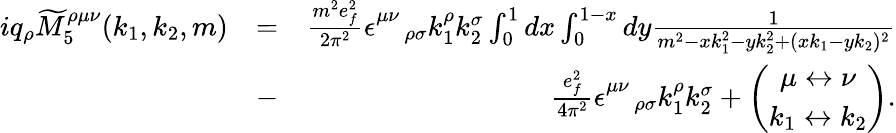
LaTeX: \begin{array}{rlr}{iq_{\rho}\widetilde{M}_{5}^{\rho\mu\nu}(k_{1},k_{2},m)}&{=}&{\frac{m^{2}e_{f}^{2}}{2\pi^{2}}\epsilon_{\quad\rho\sigma}^{\mu\nu}k_{1}^{\rho}k_{2}^{\sigma}\int_{0}^{1}dx\int_{0}^{1-x}dy\frac{1}{m^{2}-xk_{1}^{2}-yk_{2}^{2}+(xk_{1}-yk_{2})^{2}}}\\ &{-}&{\frac{e_{f}^{2}}{4\pi^{2}}\epsilon_{\quad\rho\sigma}^{\mu\nu}k_{1}^{\rho}k_{2}^{\sigma}+\left(\begin{array}{c}{\mu\leftrightarrow\nu}\\ {k_{1}\leftrightarrow k_{2}}\end{array}\right).}\end{array}